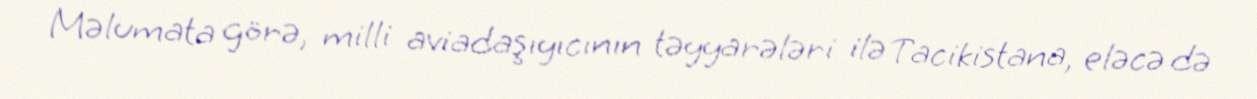
Məlumata görə, milli aviadaşıyıcının təyyarələri ilə Tacikistana, eləcə də